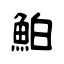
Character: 鮊